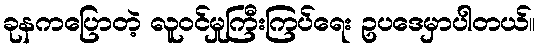
ခုနကပြောတဲ့ လူဝင်မှုကြီးကြပ်ရေး ဥပဒေမှာပါတယ်။